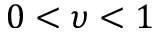
0 < \upsilon < 1